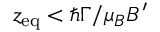
z _ { \mathrm { e q } } < \hbar \Gamma / \mu _ { B } B ^ { \prime }